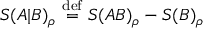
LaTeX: S ( A | B ) _ { \rho } \ { \stackrel { \mathrm { d e f } } { = } } \ S ( A B ) _ { \rho } - S ( B ) _ { \rho }